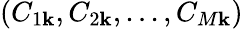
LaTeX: {(C_{1\mathbf{k}},C_{2\mathbf{k}},...,C_{M\mathbf{k}})}